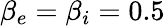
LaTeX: \beta_{e}=\beta_{i}=0.5